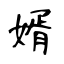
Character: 婿